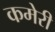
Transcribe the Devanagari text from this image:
कमेरी